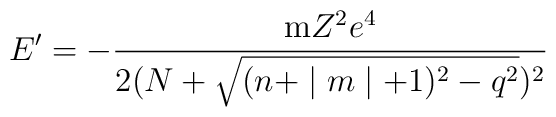
E^{\prime }=-\frac{{\rm m}Z^2e^4}{2(N+\sqrt{(n+\mid m\mid+1)^2-q^2})^2}